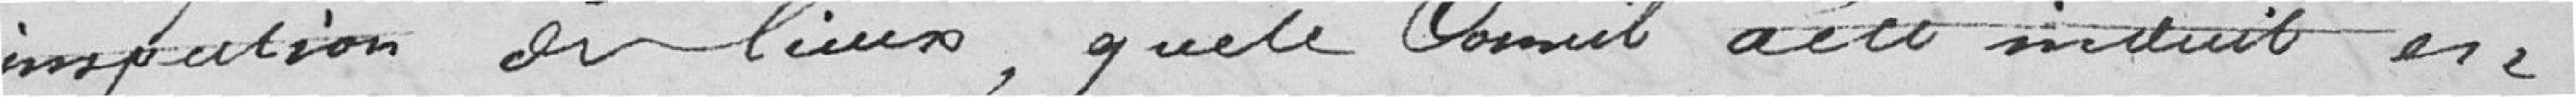
inspection des lieux, que le Conseil a été induit en